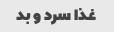
غذا سرد و بد